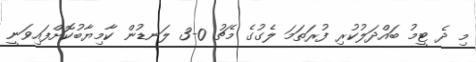
މި ދެ ޓީމު ބައްދަލުކުރި ފުރަތަމަ ލެގުގެ މެޗު 0-3 ލަނޑުން ކާމިޔާބުކޮށްފައިވަނީ